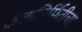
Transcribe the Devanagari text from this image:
कलानिर्मितीचा